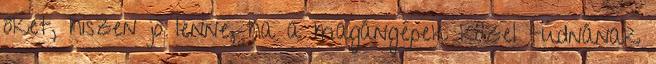
őket, hiszen jó lenne, ha a magángépek közel tudnának